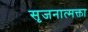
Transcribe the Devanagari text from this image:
सृजनात्मक्ता